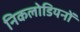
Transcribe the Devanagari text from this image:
निकलोडियनों